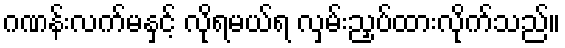
ဂဏန်းလက်မနှင့် လိုရမယ်ရ လှမ်းညှပ်ထားလိုက်သည်။